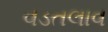
વડતલાવ